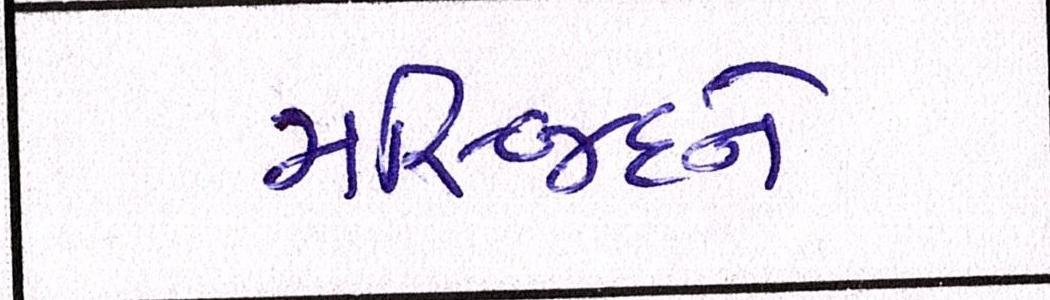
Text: મસ્જિદને